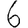
Digit: 6